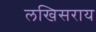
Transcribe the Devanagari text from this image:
लखिसराय